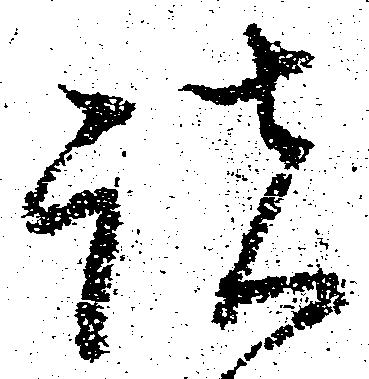
諸